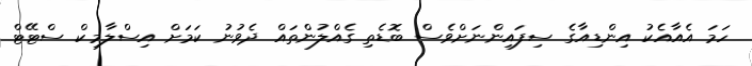
ހަމަ އެއާއެކު އިންޑިއާގެ ސިފައިންނަށްވެސް ބޮޑެތި ގެއްލުންތައް ދެވުނު ކަމަށް އިސްލާމިކް ސްޓޭޓް